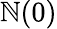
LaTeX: \mathbb{N}(0)